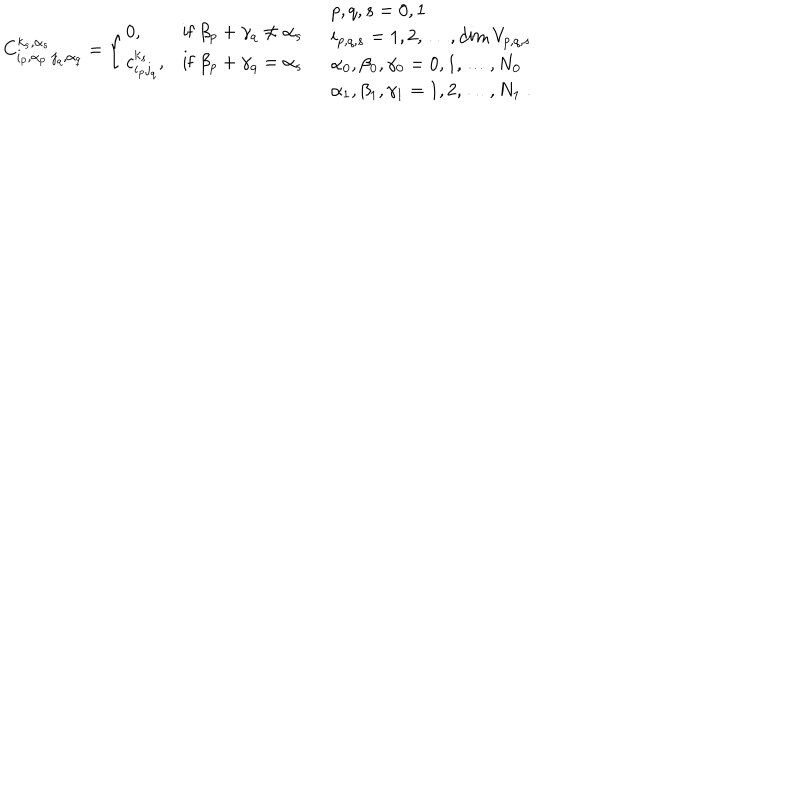
C _ { i _ { p } , \alpha _ { p } \; j _ { q } , \alpha _ { q } } ^ { k _ { s } , \alpha _ { s } } = \left\{ \begin{array} { l l l } { { 0 , } } & { { \mathrm { i f } \ \beta _ { p } + \gamma _ { q } \neq \alpha _ { s } } } \\ { { c _ { i _ { p } j _ { q } } ^ { k _ { s } } , } } & { { \mathrm { i f } \ \beta _ { p } + \gamma _ { q } = \alpha _ { s } } } \\ \end{array} \right. \quad \begin{array} { l } { { p , q , s = 0 , 1 } } \\ { { i _ { p , q , s } = 1 , 2 , \ldots , \textrm { d i m } \, V _ { p , q , s } } } \\ { { \alpha _ { 0 } , \beta _ { 0 } , \gamma _ { 0 } = 0 , 1 , \ldots , N _ { 0 } } } \\ { { \alpha _ { 1 } , \beta _ { 1 } , \gamma _ { 1 } = 1 , 2 , \ldots , N _ { 1 } \; . } } \\ \end{array}